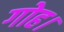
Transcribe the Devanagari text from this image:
गोह।